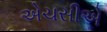
એચસીએ